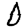
Digit: 0